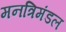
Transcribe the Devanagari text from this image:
मनत्रिमंडल